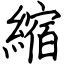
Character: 縮